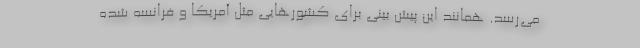
می‌رسد. همانند این پیش بینی برای کشورهایی مثل آمریکا و فرانسه شده